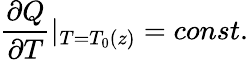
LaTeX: \frac{\partial Q}{\partial T}|_{T=T_{0}(z)}=const.